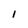
Character: l